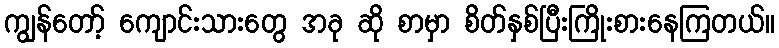
ကျွန်တော့် ကျောင်းသားတွေ အခု ဆို စာမှာ စိတ်နှစ်ပြီးကြိုးစားနေကြတယ်။